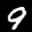
Label: 9